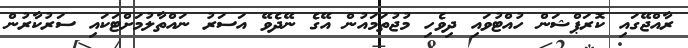
ރާއްޖޭގައި ކޮރަޕްޝަން ހުއްޓުވައި ދިވެހި މުޖުތަމައުން އޭގެ ނޭދެވޭ އަސަރު ނައްތާލުމަށްޓަކައި ސަރުކާރުން